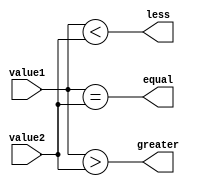
module Comparator(
    input [7:0] value1,
    input [7:0] value2,
    output equal,
    output greater,
    output less
);

assign equal = (value1 == value2);
assign greater = (value1 > value2);
assign less = (value1 < value2);

endmodule